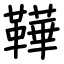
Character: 鞾